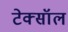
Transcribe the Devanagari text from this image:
टेक्सॉल